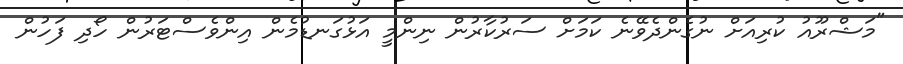
"މަޝްރޫއު ކުރިއަށް ނުގެންދެވޭނެ ކަމަށް ސަރުކާރުން ނިންމީ އަޅުގަނޑުމެން އިންވެސްޓަރުން ހޯދި ފަހުން